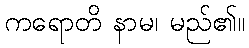
ကရောတိ နာမ၊ မည်၏။